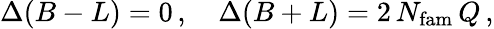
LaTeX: \Delta(B-L)=0\, ,\quad\Delta(B+L)=2\, N_{\mathrm{fam}}\, Q\, ,